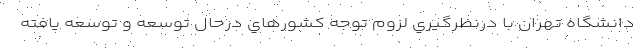
دانشگاه تهران با درنظرگيري لزوم توجه كشورهاي درحال توسعه و توسعه يافته